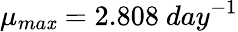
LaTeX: \mu_{ma\mathit{x}}=2.808~day^{-1}